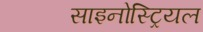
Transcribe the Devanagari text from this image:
साइनोस्ट्रियल